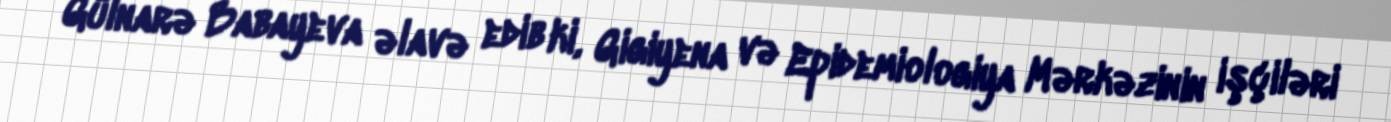
Gülnarə Babayeva əlavə edib ki, Gigiyena və Epidemiologiya Mərkəzinin işçiləri